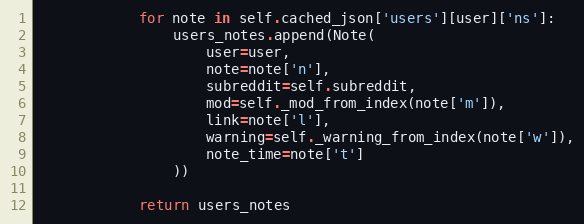
Language: Python
            for note in self.cached_json['users'][user]['ns']:
                users_notes.append(Note(
                    user=user,
                    note=note['n'],
                    subreddit=self.subreddit,
                    mod=self._mod_from_index(note['m']),
                    link=note['l'],
                    warning=self._warning_from_index(note['w']),
                    note_time=note['t']
                ))

            return users_notes